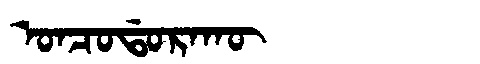
Manchu: ᠣᠨᠴᠣᡩᠣᡵᠠᡴᡡ
Romanization: ONCODORAKŪ